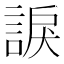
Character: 𧩈